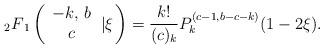
LaTeX: \begin{align*}{}_{2}F{}_{1}\left( \begin{array}{c}-k,\,b \\ c\end{array}\left\vert \xi \right. \right) =\frac{k!}{(c)_{k}}P_{k}^{(c-1,b-c-k)}(1-2\xi).\end{align*}